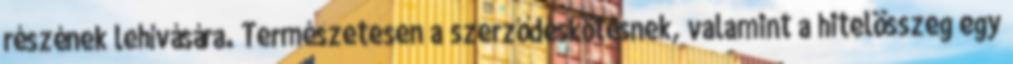
részének lehívására. Természetesen a szerződéskötésnek, valamint a hitelösszeg egy